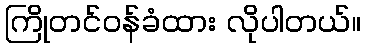
ကြိုတင်ဝန်ခံထား လိုပါတယ်။